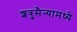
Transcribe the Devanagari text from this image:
शत्रुसैन्यामध्ये